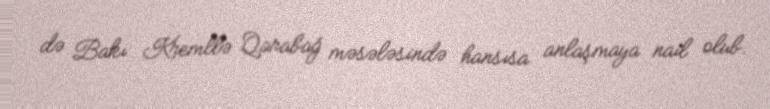
də Bakı Kremllə Qarabağ məsələsində hansısa anlaşmaya nail olub.